Report of veterinary surgeon J.H. Steel, A.V.D., on his investigation into an obscure and fatal disease among transport mules in British Burma
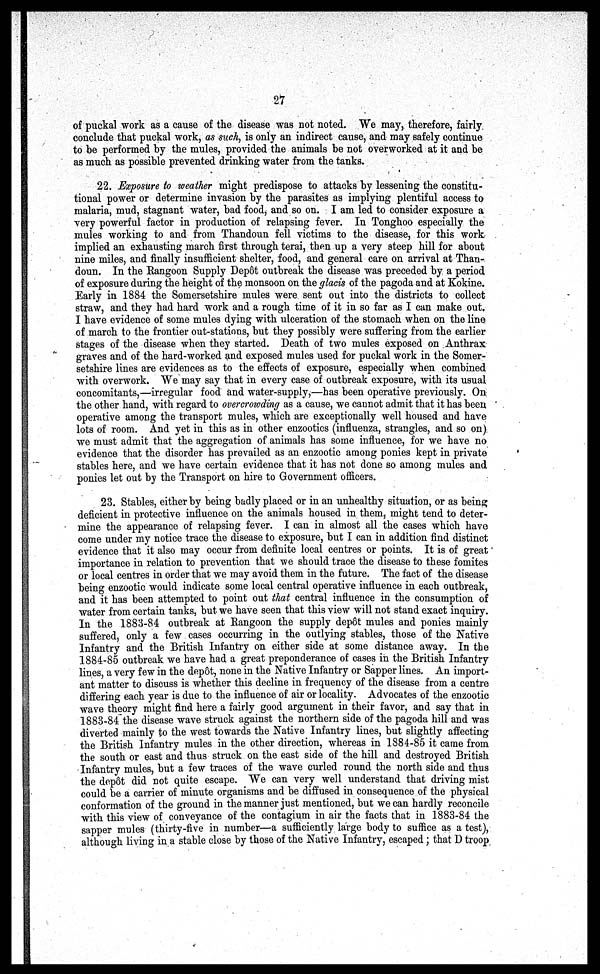
27
of puckal work as a cause of the disease was not noted. We may, therefore, fairly
conclude that puckal work, as such, is only an indirect cause, and may safely continue
to be performed by the mules, provided the animals be not overworked at it and be
as much as possible prevented drinking water from the tanks.
22. Exposure to weather might predispose to attacks by lessening the constitu-
tional power or determine invasion by the parasites as implying plentiful access to
malaria, mud, stagnant water, bad food, and so on. I am led to consider exposure a
very powerful factor in production of relapsing fever. In Tonghoo especially the
mules working to and from Thandoun fell victims to the disease, for this work
implied an exhausting march first through terai, then up a very steep hill for about
nine miles, and finally insufficient shelter, food, and general care on arrival at Than-
doun. In the Rangoon Supply Depôt outbreak the disease was preceded by a period
of exposure during the height of the monsoon on the glacis of the pagoda and at Kokine.
Early in 1884 the Somersetshire mules were sent out into the districts to collect
straw, and they had hard work and a rough time of it in so far as I can make out.
I have evidence of some mules dying with ulceration of the stomach when on the line
of march to the frontier out-stations, but they possibly were suffering from the earlier
stages of the disease when they started. Death of two mules exposed on Anthrax
graves and of the hard-worked and exposed mules used for puckal work in the Somer-
setshire lines are evidences as to the effects of exposure, especially when combined
with overwork. We may say that in every case of outbreak exposure, with its usual
concomitants,—irregular food and water-supply,—has been operative previously. On
the other hand, with regard to overcrowding as a cause, we cannot admit that it has been
operative among the transport mules, which are exceptionally well housed and have
lots of room. And yet in this as in other enzootics (influenza, strangles, and so on)
we must admit that the aggregation of animals has some influence, for we have no
evidence that the disorder has prevailed as an enzootic among ponies kept in private
stables here, and we have certain evidence that it has not done so among mules and
ponies let out by the Transport on hire to Government officers.
23. Stables, either by being badly placed or in an unhealthy situation, or as being
deficient in protective influence on the animals housed in them, might tend to deter-
mine the appearance of relapsing fever. I can in almost all the cases which have
come under my notice trace the disease to exposure, but I can in addition find distinct
evidence that it also may occur from definite local centres or points. It is of great
importance in relation to prevention that we should trace the disease to these fomites
or local centres in order that we may avoid them in the future. The fact of the disease
being enzootic would indicate some local central operative influence in each outbreak,
and it has been attempted to point out that central influence in the consumption of
water from certain tanks, but we have seen that this view will not stand exact inquiry.
In the 1883-84 outbreak at Rangoon the supply depot mules and ponies mainly
suffered, only a few cases occurring in the outlying stables, those of the Native
Infantry and the British Infantry on either side at some distance away. In the
1884-85 outbreak we have had a great preponderance of cases in the British Infantry
lines, a very few in the depot, none in the Native Infantry or Sapper lines. An import-
ant matter to discuss is whether this decline in frequency of the disease from a centre
differing each year is due to the influence of air or locality. Advocates of the enzootic
wave theory might find here a fairly good argument in their favor, and say that in
1883-84 the disease wave struck against the northern side of the pagoda hill and was
diverted mainly to the west towards the Native Infantry lines, but slightly affecting
the British Infantry mules in the other direction, whereas in 1884-85 it came from
the south or east and thus struck on the east side of the hill and destroyed British
Infantry mules, but a few traces of the wave curled round the north side and thus
the depôt did not quite escape. We can very well understand that driving mist
could be a carrier of minute organisms and be diffused in consequence of the physical
conformation of the ground in the manner just mentioned, but we can hardly reconcile
with this view of conveyance of the contagium in air the facts that in 1883-84 the
sapper mules (thirty-five in number—a sufficiently large body to suffice as a test),
although living in a stable close by those of the Native Infantry, escaped; that D troop